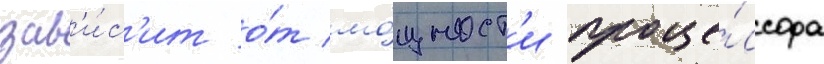
зав'и́с'ит о́т мо́щност'и проце́ссора